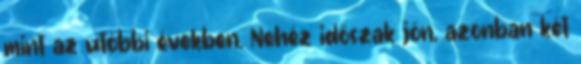
mint az utóbbi években. Nehéz időszak jön, azonban két